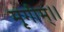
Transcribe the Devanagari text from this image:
मृगीम्।।